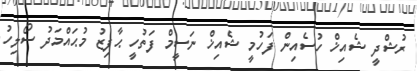
ރުޝްދީ ޝެއިޚް ހުސެއިން ފަހުމީ ޝެއިޚް ނަސީމް ފަތުހީ ޙާފިޒު މުޙައްމަދު ސޯލިހު